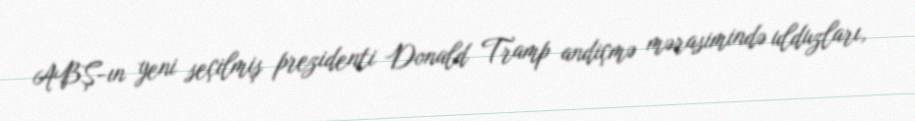
ABŞ-ın yeni seçilmiş prezidenti Donald Tramp andiçmə mərasimində ulduzları,